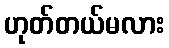
ဟုတ်တယ်မလား